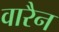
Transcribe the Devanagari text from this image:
वारैन